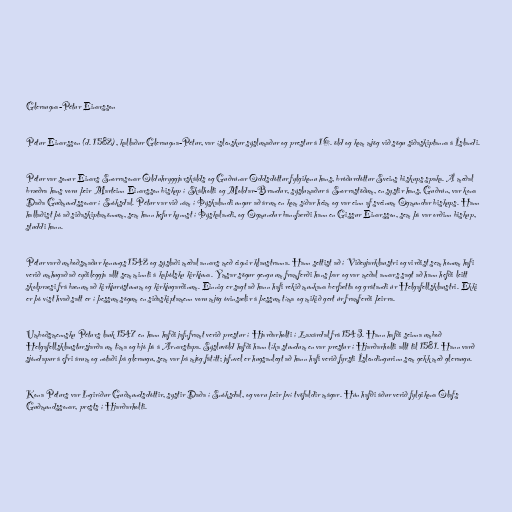
Gleraugna-Pétur Einarsson

Pétur Einarsson (d. 1582), kallaður Gleraugna-Pétur, var íslenskur sýslumaður og prestur á 16. öld og kom mjög við sögu siðaskiptanna á Íslandi.

Pétur var sonur Einars Snorrasonar Ölduhryggjarskálds og Guðrúnar Oddsdóttur fylgikonu hans, bróðurdóttur Sveins biskups spaka. Á meðal
bræðra hans voru þeir Marteinn Einarsson biskup í Skálholti og Moldar-Brandur, sýslumaður á Snorrastöðum, en systir hans, Guðrún, var kona
Daða Guðmundssonar í Snóksdal. Pétur var við nám í Þýskalandi ungur að árum en kom síðar heim og var einn af sveinum Ögmundar biskups. Hann
hallaðist þó að siðaskiptamönnum, sem hann hefur kynnst í Þýskalandi, og Ögmundur bannfærði hann en Gissur Einarsson, sem þá var orðinn biskup,
studdi hann.

Pétur varð umboðsmaður konungs 1542 og sýslaði meðal annars með eignir klaustranna. Hann settist að í Viðeyjarklaustri og virðist sem honum hafi
verið umhugað að eyðileggja allt sem minnti á kaþólsku kirkjuna. Ýmsar sögur gengu um framferði hans þar og var meðal annars sagt að hann hefði leitt
skolpræsi frá bænum að kirkjurústunum og kirkjugarðinum. Einnig er sagt að hann hafi rekið munkana berfætta og grátandi úr Helgafellsklaustri. Ekki
er þó víst hvað satt er í þessum sögum en siðaskiptamenn voru mjög óvinsælir á þessum tíma og mikið gert úr framferði þeirra.

Umboðsmennsku Péturs lauk 1547 en hann hafði jafnframt verið prestur í Hjarðarholti í Laxárdal frá 1543. Hann hafði seinna umboð
Helgafellsklaustursjarða um tíma og bjó þá á Arnarstapa. Sýsluvöld hafði hann líka stundum en var prestur í Hjarðarholti allt til 1581. Hann varð
sjóndapur á efri árum og notaði þá gleraugu, sem var þá mjög fátítt; jafnvel er hugsanlegt að hann hafi verið fyrsti Íslendingurinn sem gekk með gleraugu.

Kona Péturs var Ingiríður Guðmundsdóttir, systir Daða í Snóksdal, og voru þeir því tvöfaldir mágar. Hún hafði áður verið fylgikona Ólafs
Guðmundssonar, prests í Hjarðarholti.